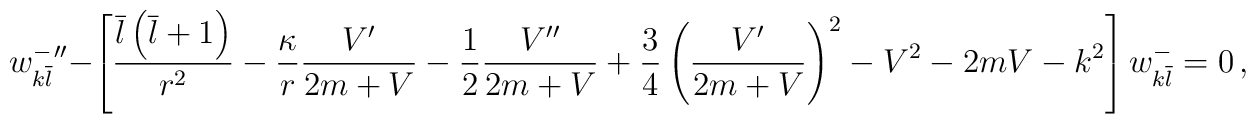
w_{k\overline l}^-{''}-\left[\frac{\overline l\left(\overline l+1\right)}{ r^2}-\frac{\kappa}{r}\frac{V'}{2m+V}-\frac{1}{2}\frac{V''}{2m+V}+\frac{3}{4}\left(\frac{V'}{2m+V}\right)^2-V^2-2mV-k^2\right]w_{k\overline l}^-=0\,,